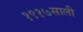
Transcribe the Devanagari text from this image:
१९१७साली